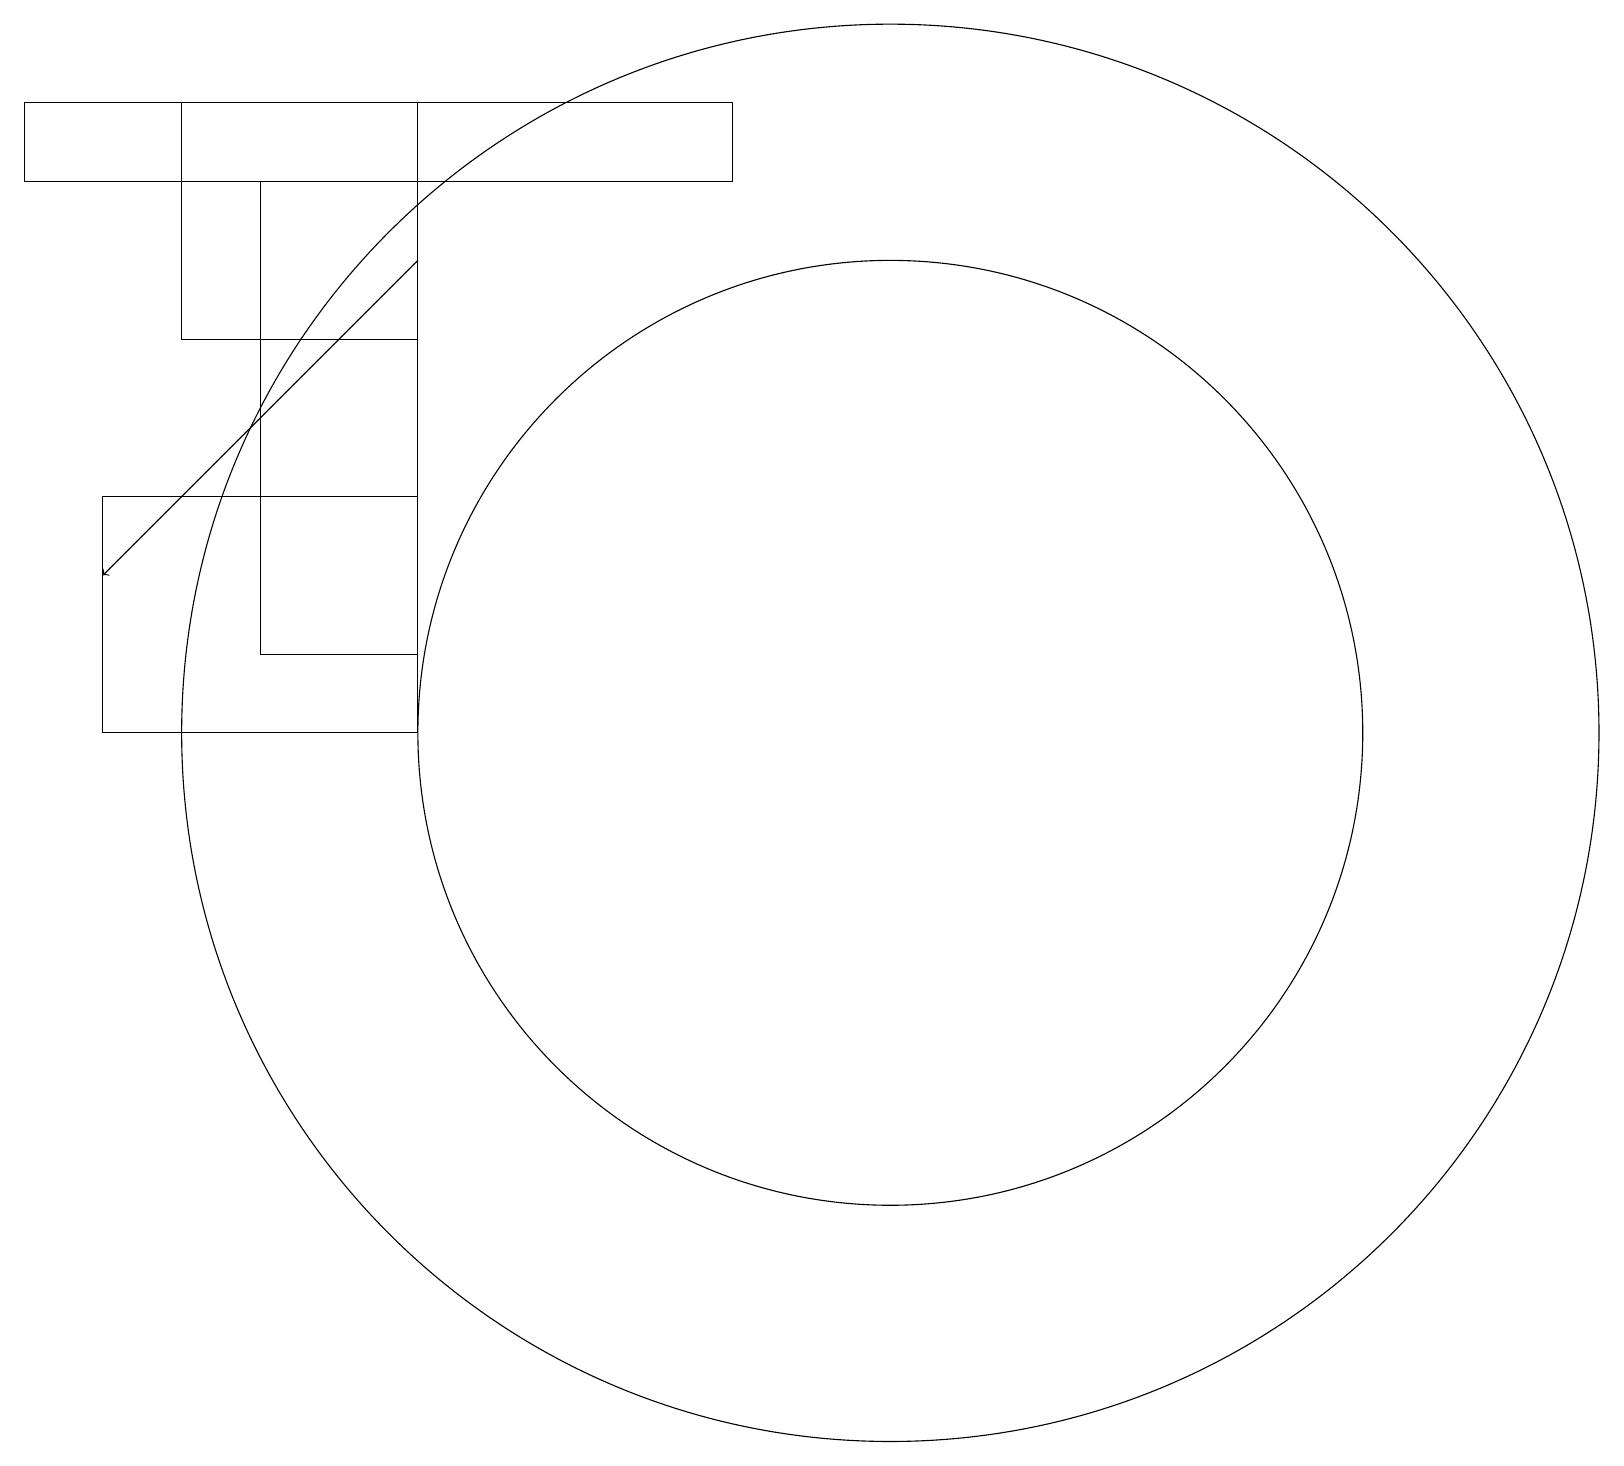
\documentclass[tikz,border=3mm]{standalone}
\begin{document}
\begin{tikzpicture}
\draw (0,17) rectangle (9,18);
\draw (1,10) rectangle (5,13);
\draw (11,10) circle (9);
\draw[->] (5,16) -- (1,12);
\draw (2,15) rectangle (5,18);
\draw (11,10) circle (6);
\draw (3,11) rectangle (5,17);
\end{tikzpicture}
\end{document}